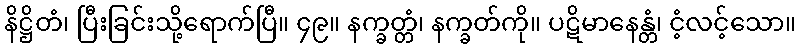
နိဋ္ဌိတံ၊ ပြီးခြင်းသို့ရောက်ပြီ။ ၄၉။ နက္ခတ္တံ၊ နက္ခတ်ကို။ ပဋိမာနေန္တံ၊ ငံ့လင့်သော။